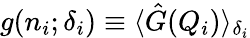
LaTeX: g(n_{i};\delta_{i})\equiv\langle\hat{G}(Q_{i})\rangle_{\delta_{i}}